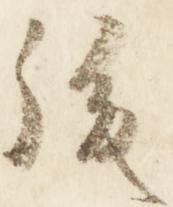
後